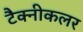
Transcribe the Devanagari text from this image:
टैक्नीकलर